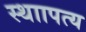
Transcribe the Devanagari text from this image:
स्थाापत्य